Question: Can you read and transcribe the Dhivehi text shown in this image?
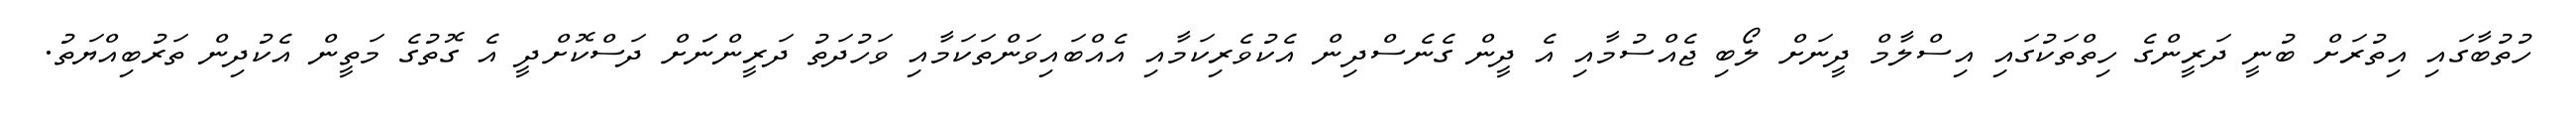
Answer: ހުތުބާގައި އިތުރަށް ބުނީ ދަރީންގެ ހިތްތަކުގައި އިސްލާމް ދީނަށް ލޯބި ޖެއްސުމާއި އެ ދީން ގެނެސްދިން އެކުވެރިކަމާއި އެއްބައިވަންތަކަމާއި ވަހުދަތު ދަރީންނަަށް ދަސްކޮށްދީ އެ ގޮތުގެ މަތީން އެކުދިން ތަރުބިއްޔަތު.